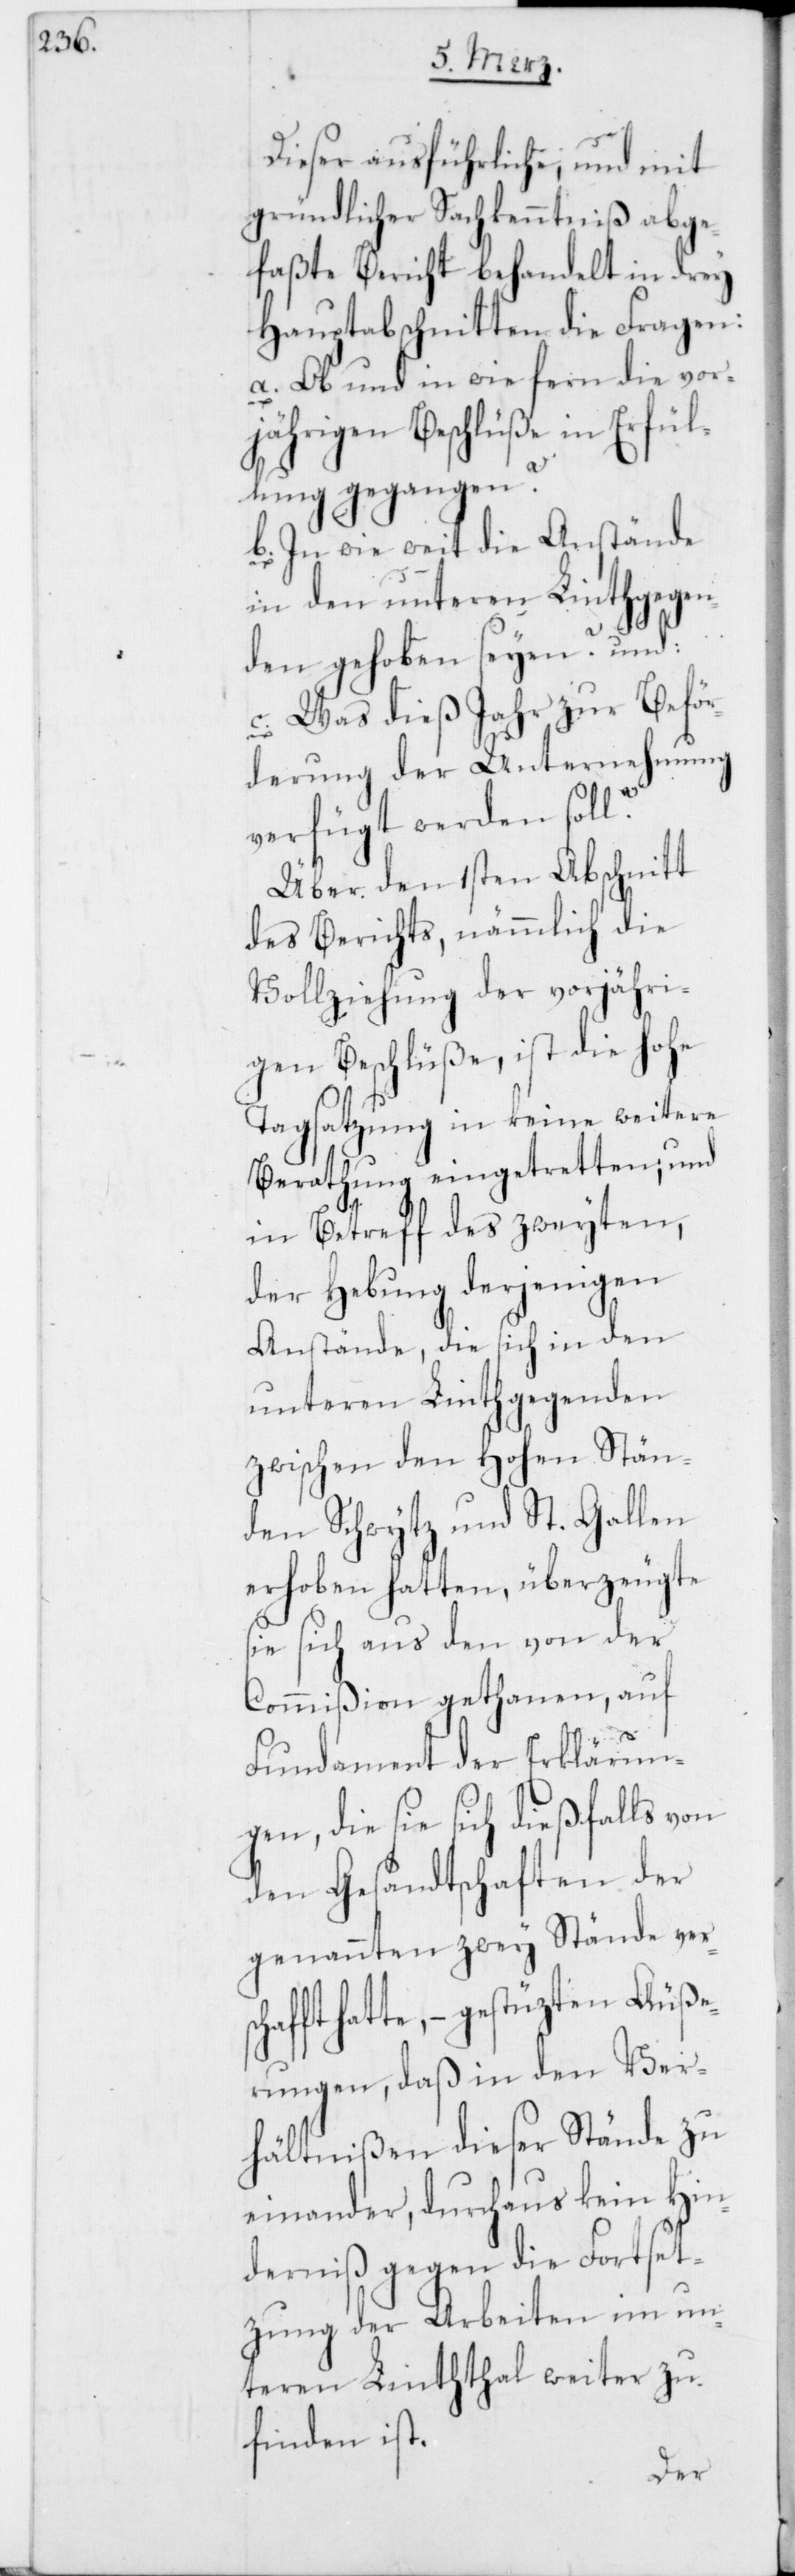
Dieser ausführliche, und mit
gründlicher Sachkenntniß abge¬
faßte Bericht behandelt in drey
Hauptabschnitten die Fragen:
a. Ob und in wie fern die vor¬
jährigen Beschlüße in Erfül¬
lung gegangen?
b. In wie weit die Anstände
in den unteren Linthgegen¬
den gehoben seyen? und:
c. Was dieß Jahr zur Beför¬
derung der Unternehmung
verfügt werden soll?
Über den 1sten Abschnitt
des Berichts, nämmlich die
Vollziehung der vorjähri¬
gen Beschlüße, ist die Hohe
Tagsatzung in keine weitere
Berathung eingetretten; und
in Betreff des zweyten,
der Hebung derjenigen
Anstände, die sich in den
unteren Linthgegenden
zwischen den Hohen Stän¬
den Schwytz und St. Gallen
erhoben hatten, überzeugte
sie sich aus den von der
Commißion gethanen, auf
Fundament der Erklärun¬
gen, die sie sich dießfalls von
den Gesandtschaften der
genannten zwey Stände vers¬
fft hatte, – gestüzten Äuße¬
rungen, daß in den Ver¬
hältnißen dieser Stände zu
einander, durchaus kein Hin¬
derniß gegen die Fortset¬
zung der Arbeiten im un¬
teren Linththal weiter zu
finden ist.
cha¬